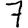
Digit: 7